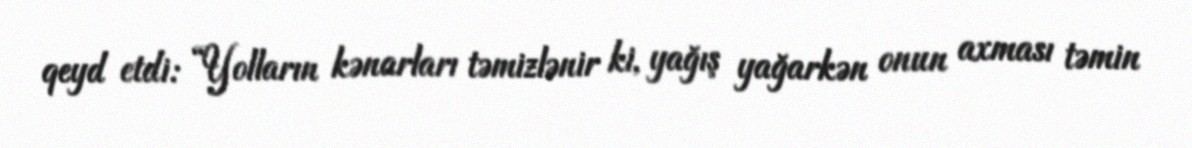
qeyd etdi: “Yolların kənarları təmizlənir ki, yağış yağarkən onun axması təmin